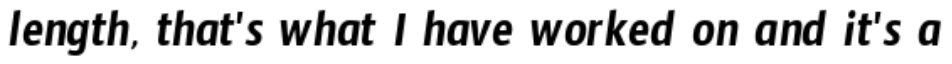
length, that's what I have worked on and it's a